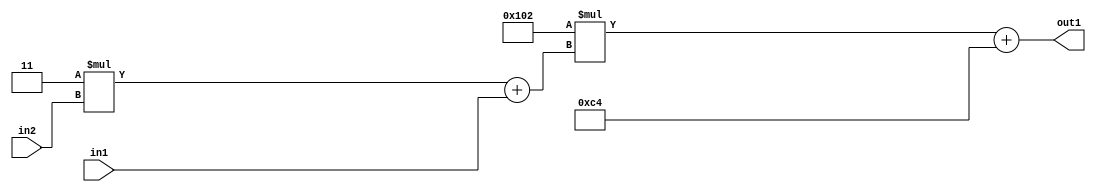
`timescale 1ps / 1ps
/*****************************************************************************
    Verilog RTL Description
    
    
    Created by: Stratus DpOpt 2019.1.01 
*******************************************************************************/

module DC_Filter_Add2i196Mul2i258Add2u1Mul2i3u2_1 (
	in2,
	in1,
	out1
	); /* architecture "behavioural" */ 
input [1:0] in2;
input  in1;
output [11:0] out1;
wire [11:0] asc001;
wire [3:0] asc002;

wire [3:0] asc002_tmp_0;
assign asc002_tmp_0 = 
	+(4'B0011 * in2);
assign asc002 = asc002_tmp_0
	+(in1);

wire [11:0] asc001_tmp_1;
assign asc001_tmp_1 = 
	+(12'B000100000010 * asc002);
assign asc001 = asc001_tmp_1
	+(12'B000011000100);

assign out1 = asc001;
endmodule

/* CADENCE  v7XxTgo= : u9/ySgnWtBlWxVPRXgAZ4Og= ** DO NOT EDIT THIS LINE ******/